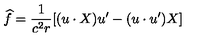
\widehat { f } = \frac 1 { c ^ { 2 } r } [ ( u \cdot X ) u ^ { \prime } - ( u \cdot u ^ { \prime } ) X ]